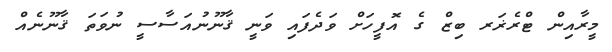
މީރާއިން ޓްރެޜަރ ބިޒް ގެ އޮފީހަށް ވަދެފައި ވަނީ ޤާނޫނުއަސާސީ ނުވަތަ ޤާނޫނެއް